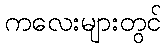
ကလေးများတွင်